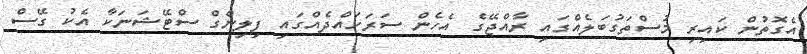
އެގޮތުން ކައިރި މުސްތަގުބަލެއްގައި ރާއްޖޭގެ އެހެން ސަރަހައްދެއްގައި ފިލިންގް ސްޓޭޝަނަކާ އެކު ގޭސް